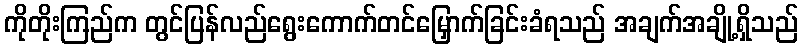
ကိုတိုးကြည်က တွင်ပြန်လည်ရွေးကောက်တင်မြှောက်ခြင်းခံရသည် အချက်အချို့ရှိသည်